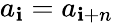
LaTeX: a_{\mathbf{i}}=a_{\mathbf{i}+n}